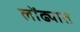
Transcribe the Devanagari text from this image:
लोंढ्यात